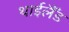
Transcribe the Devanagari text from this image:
थाईलैँड